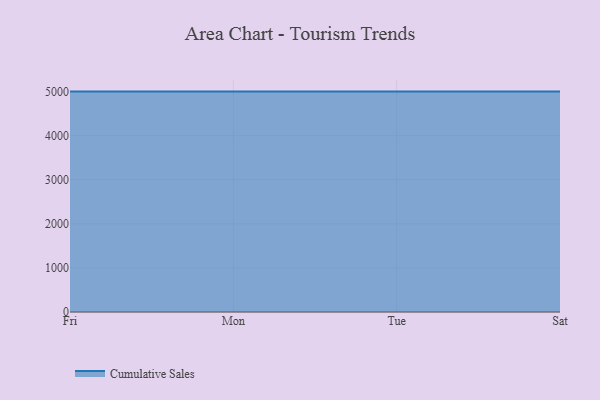
{"axis": {"x": "Day", "y": "Backlog"}, "legend": ["Cumulative Sales"], "data": [{"x": "Fri", "y": 5000, "type": "Cumulative Sales"}, {"x": "Mon", "y": 5000, "type": "Cumulative Sales"}, {"x": "Tue", "y": 5000, "type": "Cumulative Sales"}, {"x": "Sat", "y": 5000, "type": "Cumulative Sales"}]}